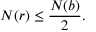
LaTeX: N ( r ) \leq { \frac { N ( b ) } { 2 } } .